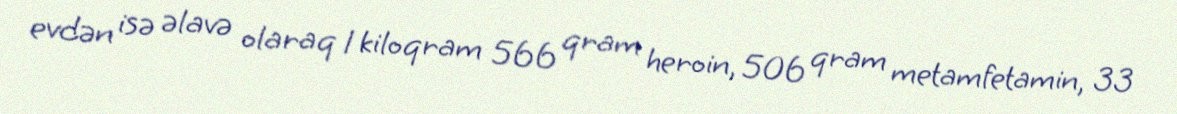
evdən isə əlavə olaraq 1 kiloqram 566 qram heroin, 506 qram metamfetamin, 33